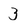
Character: 3